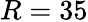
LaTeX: R=35